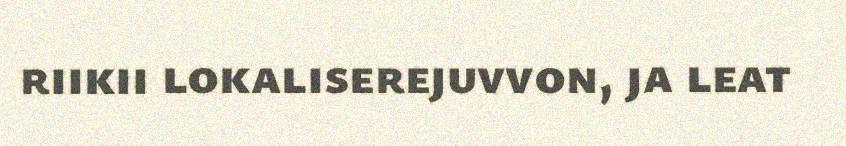
riikii lokaliserejuvvon, ja leat